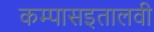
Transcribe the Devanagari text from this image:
कम्पासइतालवी